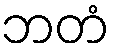
ဘတံ